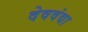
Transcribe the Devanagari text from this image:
देववंद्या